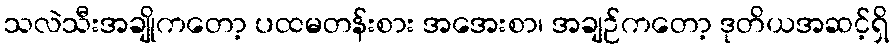
သလဲသီးအချိုကတော့ ပထမတန်းစား အအေးစာ၊ အချဉ်ကတော့ ဒုတိယအဆင့်ရှိ